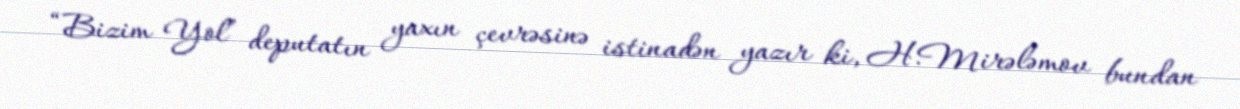
“Bizim Yol” deputatın yaxın çevrəsinə istinadən yazır ki, H.Mirələmov bundan